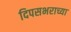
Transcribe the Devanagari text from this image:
दिपसभराच्या